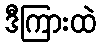
ဒီကြားထဲ